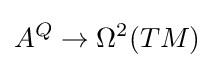
A^{Q}\to \Omega ^{2}(TM)